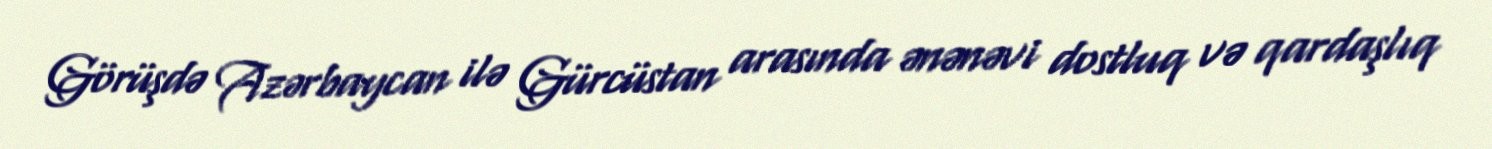
Görüşdə Azərbaycan ilə Gürcüstan arasında ənənəvi dostluq və qardaşlıq